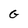
Character: G